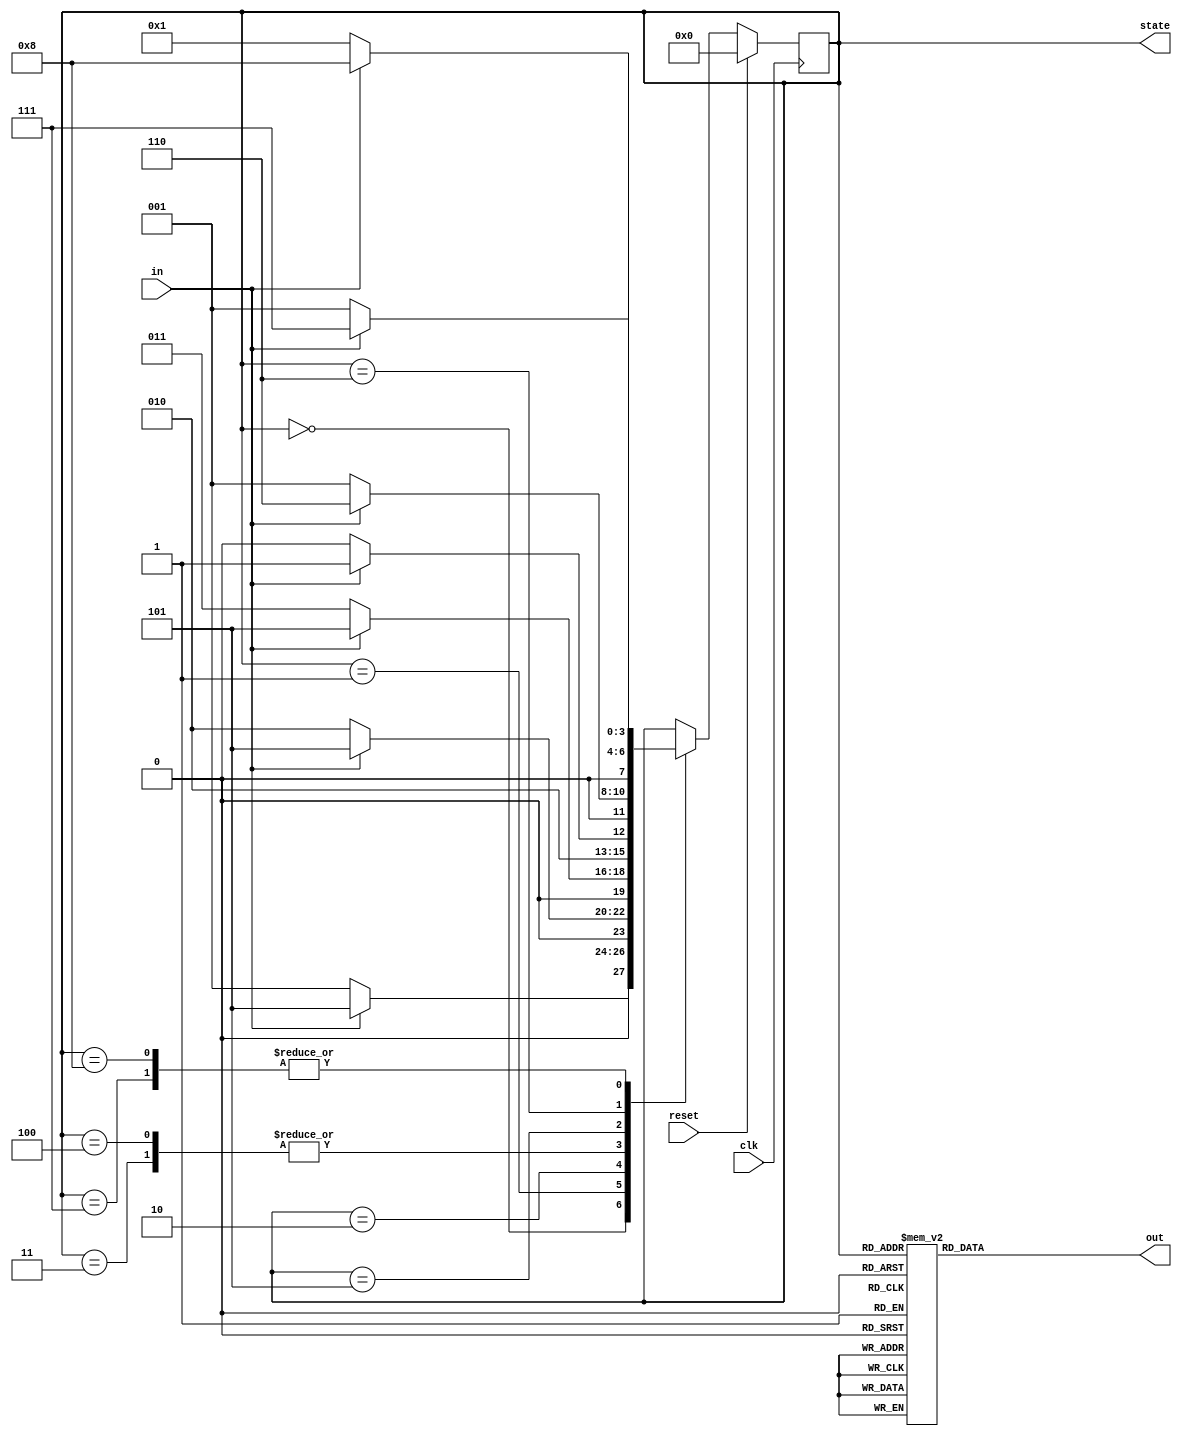
module FSM_bin
	(
		 input   clk, in, reset,
		 output reg out,
		 output reg [3:0] state
	);
	
	// Declare states
	parameter S0 = 0, S1 = 1, S2 = 2, S3 = 3,
		  S4 = 4, S5 = 5, S6 = 6, S7 = 7, S8 = 8;
		  
	// Output depends only on the state
	always @ (state) begin
		case (state)
			S0: out = 1'b0;
			S1: out = 1'b0;
			S2: out = 1'b0;
			S3: out = 1'b0;
			S4: out = 1'b1;
			S5: out = 1'b0;
			S6: out = 1'b0;
			S7: out = 1'b0;
			S8: out = 1'b1;
			default: out = 1'bx;
		endcase
	end
	
	// Determine the next state
	always @ (posedge clk) begin
		if (reset) state <= S0;
		else
			case (state)
				S0: if (in) state <= S5; else state <= S1;
				S1: if (in) state <= S5; else state <= S2;
				S2: if (in) state <= S5; else state <= S3;
				S3: if (in) state <= S5; else state <= S4;
				S4: if (in) state <= S5; else state <= S4;
				S5: if (in) state <= S6; else state <= S1;
				S6: if (in) state <= S7; else state <= S1;
				S7: if (in) state <= S8; else state <= S1;
				S8: if (in) state <= S8; else state <= S1;
			endcase
	end
endmodule